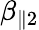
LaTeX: \beta_{\parallel 2}